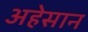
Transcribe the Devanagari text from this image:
अहेसान